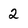
Character: 2